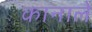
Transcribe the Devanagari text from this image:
कानाले